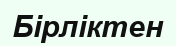
Бірліктен